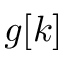
g [ k ]